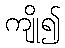
ကျို၍